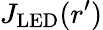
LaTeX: J_{\mathrm{LED}}(r^{\prime})